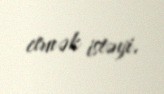
etmək istəyi.